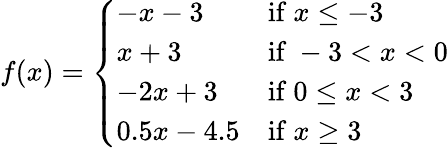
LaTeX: f(x)={\left\{ \begin{array}{ll}{-x-3}&{{\mathrm{if~}}x\leq-3}\\ {x+3}&{{\mathrm{if~}}-3<x<0}\\ {-2x+3}&{{\mathrm{if~}}0\leq x<3}\\ {0.5x-4.5}&{{\mathrm{if~}}x\geq 3}\end{array}\right.}